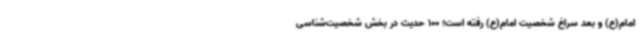
امام(ع) و بعد سراغ شخصیت امام(ع) رفته است؛ 100 حدیث در بخش شخصیت‌شناسی